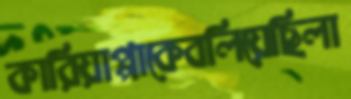
কারিয়াপ্পাকেবলিয়েছিলা